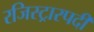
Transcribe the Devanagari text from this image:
रजिस्ट्रारपदी